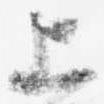
上